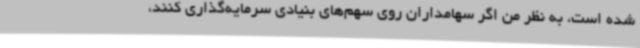
شده است، به نظر من اگر سهامداران روی سهم‌های بنیادی سرمایه‌گذاری کنند،